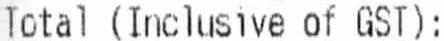
TOTAL (INCLUSIVE OF GST):